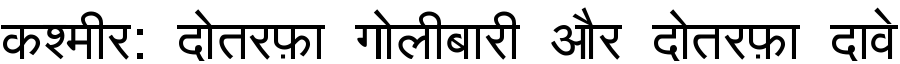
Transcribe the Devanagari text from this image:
कश्मीर: दोतरफ़ा गोलीबारी और दोतरफ़ा दावे